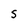
Character: S